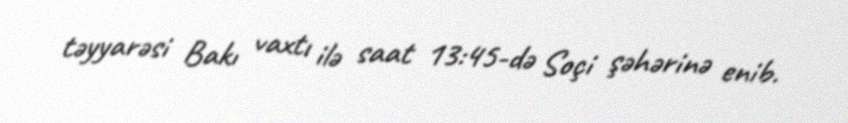
təyyarəsi Bakı vaxtı ilə saat 13:45-də Soçi şəhərinə enib.